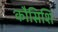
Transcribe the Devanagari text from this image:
कौसिशि